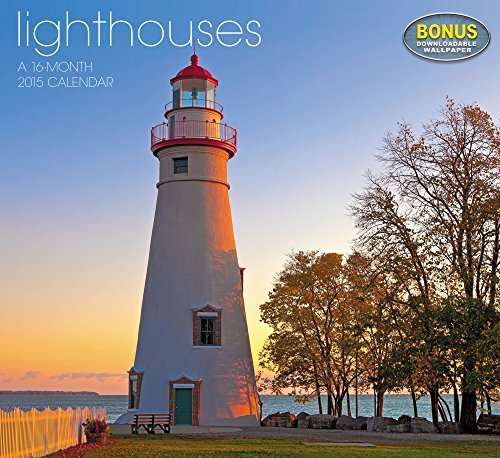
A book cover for Lighthouses Wall Calendar (2015); Landmark; Calendars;